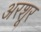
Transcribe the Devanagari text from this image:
अरशूर